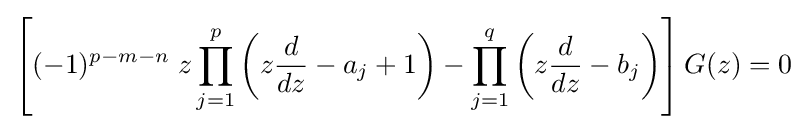
\left[(-1)^{p-m-n}\;z\prod _{j=1}^{p}\left(z{\frac {d}{dz}}-a_{j}+1\right)-\prod _{j=1}^{q}\left(z{\frac {d}{dz}}-b_{j}\right)\right]G(z)=0